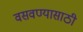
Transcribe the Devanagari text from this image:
वसवण्यासाठी